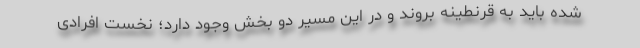
شده باید به قرنطینه بروند و در این مسیر دو بخش وجود دارد؛ نخست افرادی